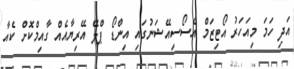
އަދި ހަމަ މިއަހަރު އޯޓިޒަމް އެސޯސިއޭޝަނުގައި އިންޑޯ ޕްލޭ އޭރިޔާއެއް ގާއިމްކޮށް ކެއާ